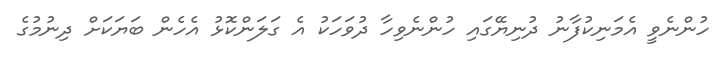
ހުންނެވީ އެމަނިކުފާނު ދުނިޔޭގައި ހުންނެވިހާ ދުވަހަކު އެ ގަލަންކޮޅު އެހެން ބަޔަކަށް ދިނުމުގެ